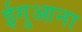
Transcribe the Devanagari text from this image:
ईगुआना